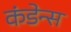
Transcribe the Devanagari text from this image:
कंडेन्स